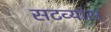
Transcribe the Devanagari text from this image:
सटव्यांस